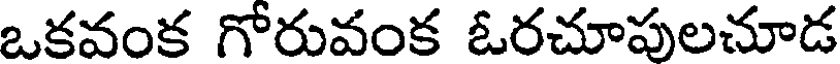
ఒకవంక గోరువంక ఓరచూపులచూడ